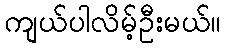
ကျယ်ပါလိမ့်ဦးမယ်။